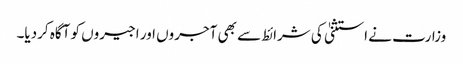
وزارت نے استثنیٰ کی شرائط سے بھی آجروں اور اجیروں کو آگاہ کردیا۔